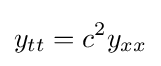
y_{tt}=c^{2}y_{xx}